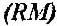
(RM)